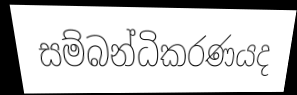
සම්බන්ධිකරණයද